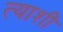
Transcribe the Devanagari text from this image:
त्याशीं